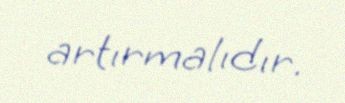
artırmalıdır.